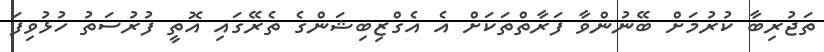
ތަޖުރިބާ ކުރުމަށް ބޭނުންވާ ފަރާތްތަކަށް އެ އެގްޒިބިޝަންގެ ތެރޭގައި އޮތީ ފުރުސަތު ހުޅުވިފަ